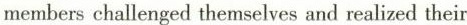
members challenged themselves and realized their